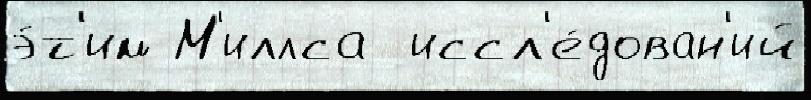
э́т'им М'иллса  иссл'е́дован'ий